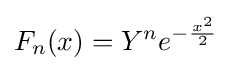
F_{n}(x)=Y^{n}e^{-{\frac {x^{2}}{2}}}